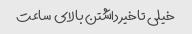
خیلی تاخیر داشتن بالای  ساعت